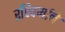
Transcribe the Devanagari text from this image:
रविवर्माने